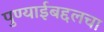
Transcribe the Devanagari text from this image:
पुण्याईबद्दलचा